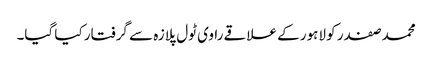
محمد صفدر کو لاہور کے علاقے راوی ٹول پلازہ سے گرفتار کیا گیا۔